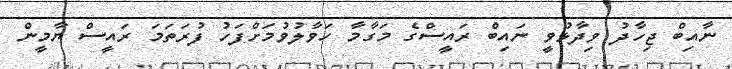
ނާއިބް ޖިހާދު ވިދާޅުވީ ނައިބް ރައީސްގެ މަގާމާ ހަވާލުވުމަށްފަހު ފުރަތަމަ ރައީސް ޔާމީން